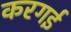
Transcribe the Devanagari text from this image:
करगई